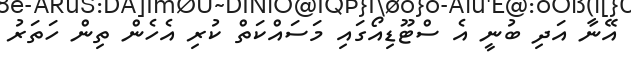
އޭނާ އަދި ބުނީ އެ ސްޓޫޑިއޯގައި މަސައްކަތް ކުރި އެހެން ތިން ހަތަރު